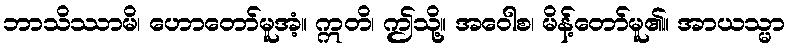
ဘာသိဿာမိ၊ ဟောတော်မူအံ့။ ဣတိ၊ ဤသို့။ အဝေါစ၊ မိန့်တော်မူ၏။ အာယသ္မာ